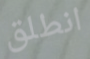
انطلق